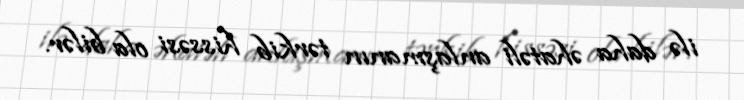
ilə daha əhatəli anlaşmanın tərkib hissəsi ola bilər.